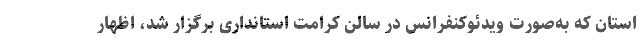
استان که به‌صورت ویدئوکنفرانس در سالن کرامت استانداری برگزار شد، اظهار